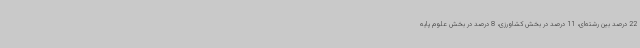
22 درصد بین رشته‌ای، 11 درصد در بخش کشاورزی، 8 درصد در بخش علوم پایه